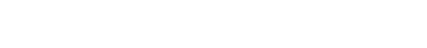
လွန်ကဲစွာ။ ပါဋိဟာရိယံ၊ တန်ခိုးပြာဋိဟာကို။ ကာတုံ၊ ပြုခြင်းငှာ။ သမတ္ထံ၊